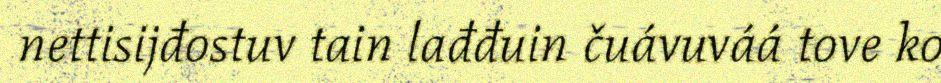
nettisijđostuv tain lađđuin čuávuváá tove ko